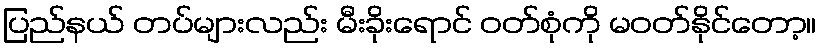
ပြည်နယ် တပ်များလည်း မီးခိုးရောင် ဝတ်စုံကို မဝတ်နိုင်တော့။